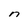
Character: n